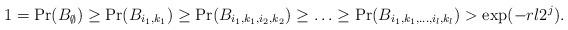
LaTeX: \begin{align*}1= \Pr(B_{\emptyset})\geq \Pr(B_{i_1,k_1}) \geq \Pr(B_{i_1,k_1,i_2,k_2})\geq \ldots \geq \Pr(B_{i_1,k_1,\ldots,i_l,k_l}) > \exp(-rl2^{j}).\end{align*}